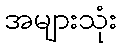
အများသုံး